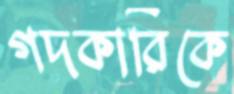
গদকারিকে